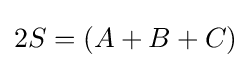
2S=(A+B+C)